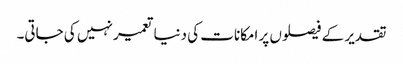
تقدیر کے فیصلوں پر امکانات کی دنیا تعمیر نہیں کی جاتی۔